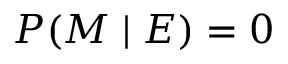
P ( M \mid E ) = 0